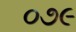
૦૭૯